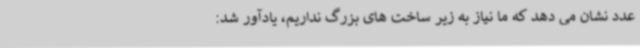
عدد نشان می دهد که ما نیاز به زیر ساخت های بزرگ نداریم، یادآور شد: